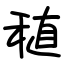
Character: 稙